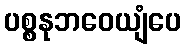
ပစ္စနုဘဝေယျံပေ